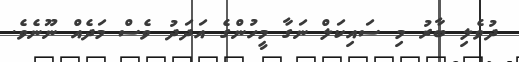
ދުވެލި ބާރު މި ސައިކަލް ނަގާ މީހުންގެ އަދަދު ވެސް މަދެއް ނޫނެވެ.